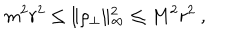
m ^ { 2 } r ^ { 2 } \leq \| \rho _ { \perp } \| _ { \infty } ^ { 2 } \leq M ^ { 2 } r ^ { 2 } ~ ,